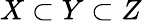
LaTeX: X\subset Y\subset Z